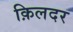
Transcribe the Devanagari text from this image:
क़िलदर